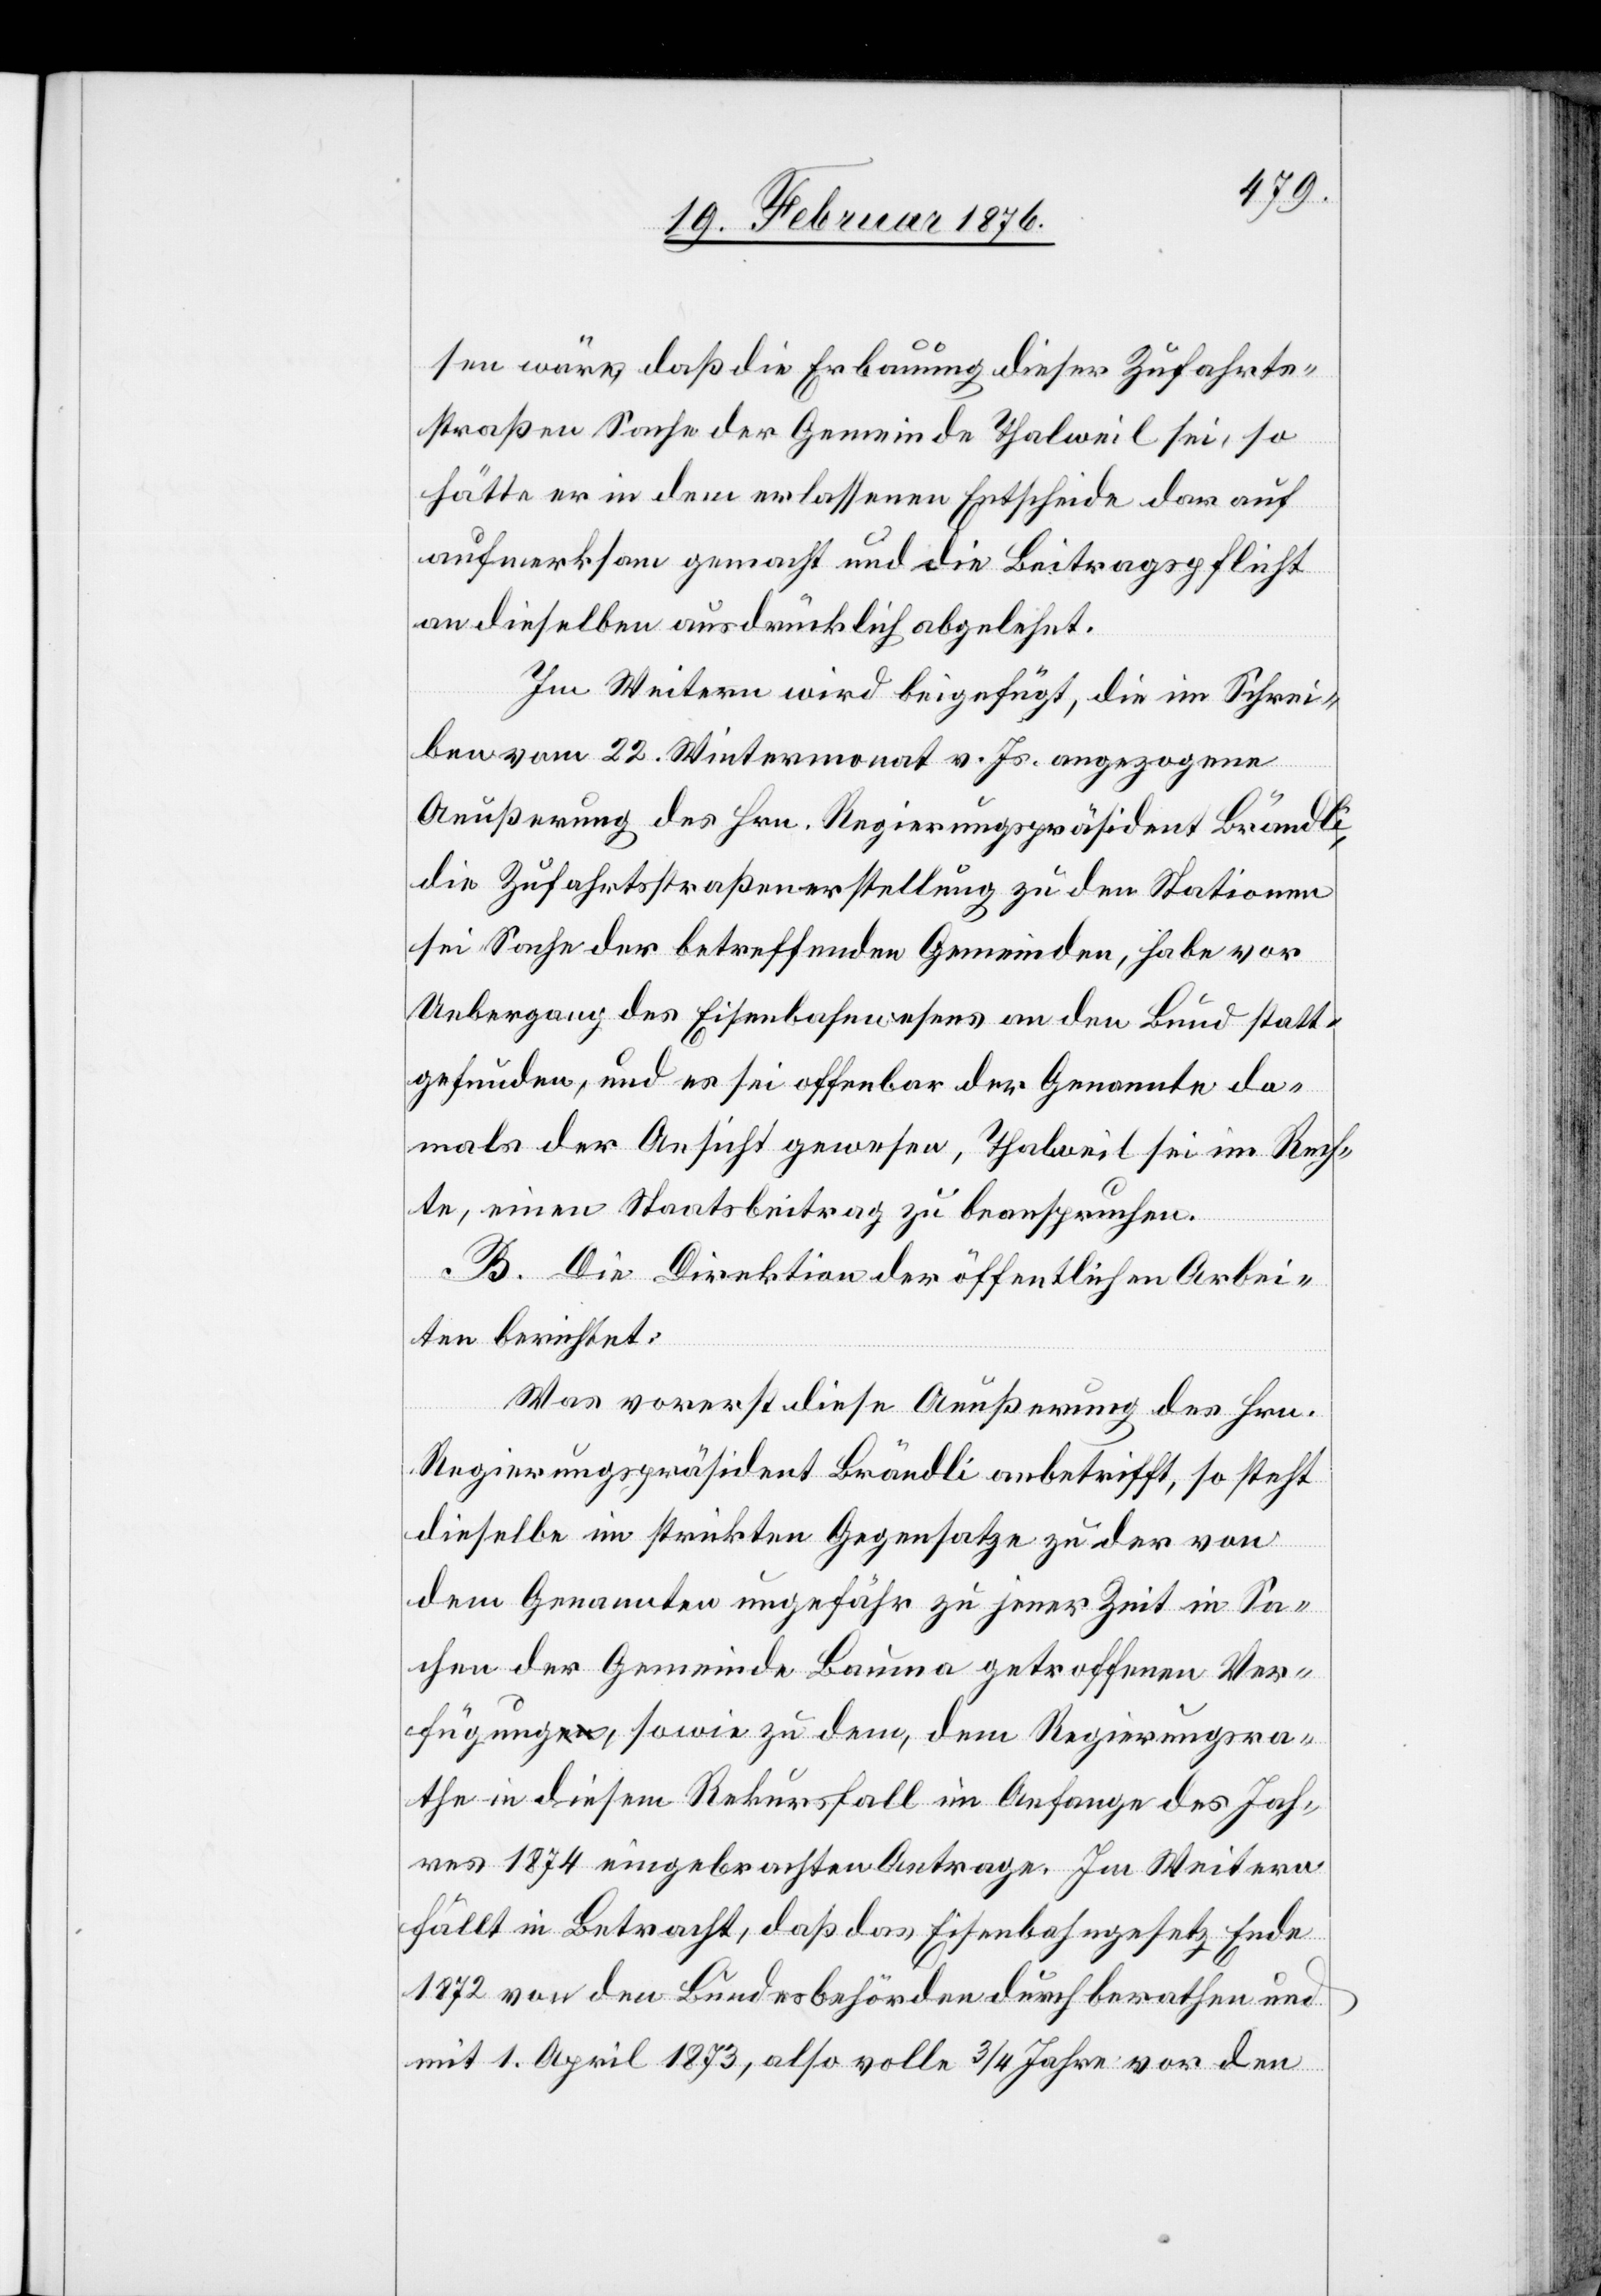
sen wäre, daß die Erbauung dieser Zufahrts¬
straßen Sache der Gemeinde Thalweil sei, so
hätte er in dem erlassenen Entscheide dar auf
aufmerksam gemacht und die Beitragspflicht
an dieselbe ausdrücklich abgelehnt.
Im Weiteren wird beigefügt, die im Schrei¬
ben vom 22. Wintermonat v. Js. angezogene
Aeußerung des Hrn. Regierungspräsident Brändli,
die Zufahrtsstraßenerstellung zu den Stationen
sei Sache der betreffenden Gemeinden, habe vor
Uebergang des Eisenbahnwesens an den Bund statt¬
gefunden, und es sei offenbar der Genannte da¬
mals der Ansicht gewesen, Thalweil sei im Rech¬
te, einen Staatsbeitrag zu beanspruchen.
B. Die Direktion der öffentlichen Arbei¬
ten berichtet:
Was vorerst diese Aeußerung des Hrn.
Regierungspräsident Brändli anbetrifft, so steht
dieselbe im strikten Gegensatze zu der von
dem Genannten ungefähr zu jener Zeit in Sa¬
chen der Gemeinde Bauma getroffenen Ver¬
fügung, sowie zu dem, dem Regierungsra¬
the in diesem Rekursfall im Anfange des Jah¬
res 1874 eingebrachten Antrage. Im Weitern
fällt in Betracht, daß das Eisenbahngesetz Ende
1872 von den Bundesbehörden durch berathen und
mit 1. April 1873, also volle 3/4 Jahre vor den